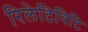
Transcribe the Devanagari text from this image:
रिलेटिविटि